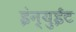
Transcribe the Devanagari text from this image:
इंन्युईट